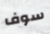
سوف